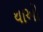
થાઓ